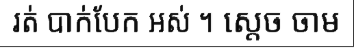
រត់ បាក់បែក អស់ ។ ស្តេច ចាម